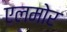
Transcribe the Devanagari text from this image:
एलमोर